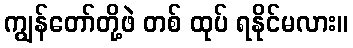
ကျွန်တော်တို့ဖဲ တစ် ထုပ် ရနိုင်မလား။